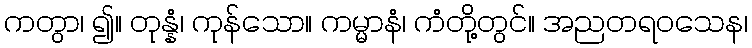
ကတွာ၊ ၍။ တုန္နံ၊ ကုန်သော။ ကမ္မာနံ၊ ကံတို့တွင်။ အညတရဝသေန၊